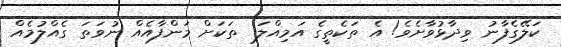
ކަލޭގެފާނު ވިދާޅުވާށެވެ! އެ ތަކެތީގެ އަމިއްލަ  ތަކަށް މަންފާއެއް ނުވަތަ ގެއްލުމެއް